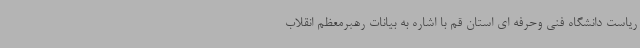
ریاست دانشگاه فنی وحرفه ای استان قم با اشاره به بیانات رهبرمعظم انقلاب